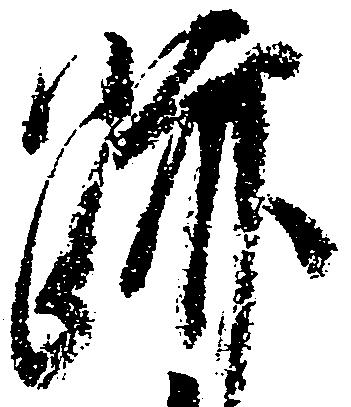
跡